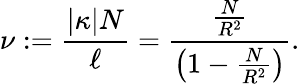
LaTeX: \nu:=\frac{|\kappa|N}{\ell}=\frac{\frac{N}{R^{2}}}{\left(1-\frac{N}{R^{2}}\right)}.